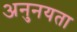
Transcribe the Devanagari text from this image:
अनुनयता